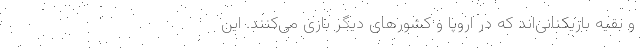
و بقیه بازیکنانی‌اند که در اروپا و کشورهای دیگر بازی می‌کنند. این